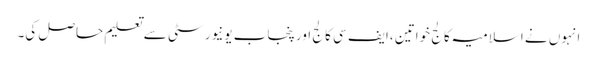
انہوں نے اسلامیہ کالج خواتین ،ایف سی کالج اور پنجاب یونیورسٹی سے تعلیم حاصل کی۔